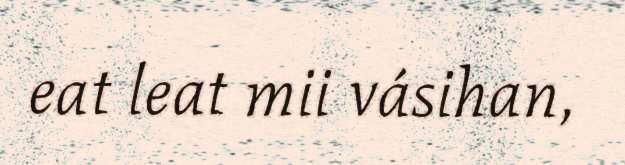
eat leat mii vásihan,